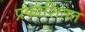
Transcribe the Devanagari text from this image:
प्रकाशितत